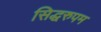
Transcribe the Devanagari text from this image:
सिद्धरुपम